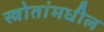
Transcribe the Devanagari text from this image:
स्त्रोतांमधील